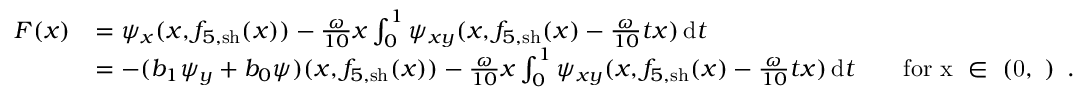
\begin{array} { r l } { F ( x ) } & { = \psi _ { x } ( x , f _ { 5 , \mathrm { s h } } ( x ) ) - \frac { \omega } { 1 0 } x \int _ { 0 } ^ { 1 } \psi _ { x y } ( x , f _ { 5 , \mathrm { s h } } ( x ) - \frac { \omega } { 1 0 } t x ) \, \mathrm { d } t } \\ & { = - ( b _ { 1 } \psi _ { y } + b _ { 0 } \psi ) ( x , f _ { 5 , \mathrm { s h } } ( x ) ) - \frac { \omega } { 1 0 } x \int _ { 0 } ^ { 1 } \psi _ { x y } ( x , f _ { 5 , \mathrm { s h } } ( x ) - \frac { \omega } { 1 0 } t x ) \, \mathrm { d } t \qquad \mathrm { f o r ~ x ~ \in ~ ( 0 , \varepsilon ) ~ } \, . } \end{array}